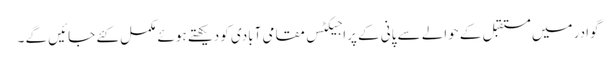
گوادر میں مستقبل کے حوالے سے پانی کے پراجیکٹس مقامی آبادی کو دیکھتے ہوئے مکمل کئے جائیں گے ۔